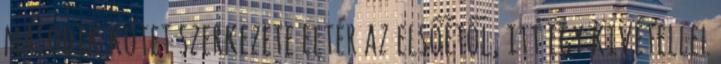
második kötet szerkezete eltér az elsőétől, itt egy kivétellel